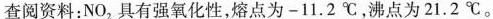
查阅资料：NO_{2}具有强氧化性，熔点为-11.2℃，沸点为21.2℃。